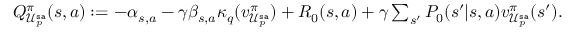
\begin{array} { r l } & { Q _ { \mathcal { U } _ { p } ^ { \mathtt { s a } } } ^ { \pi } ( s , a ) : = - \alpha _ { s , a } - \gamma \beta _ { s , a } \kappa _ { q } ( v _ { \mathcal { U } _ { p } ^ { \mathtt { s a } } } ^ { \pi } ) + R _ { 0 } ( s , a ) + \gamma \sum _ { s ^ { \prime } } P _ { 0 } ( s ^ { \prime } | s , a ) v _ { \mathcal { U } _ { p } ^ { \mathtt { s a } } } ^ { \pi } ( s ^ { \prime } ) . } \end{array}